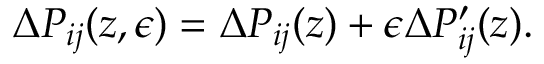
\Delta P _ { i j } ( z , \epsilon ) = \Delta P _ { i j } ( z ) + \epsilon \Delta P _ { i j } ^ { \prime } ( z ) .